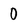
Character: 0